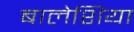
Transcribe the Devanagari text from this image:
बालेशिया